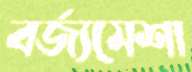
বর্জ্যমেশা